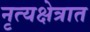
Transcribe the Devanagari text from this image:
नृत्यक्षेत्रात